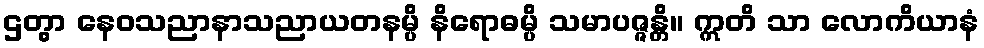
ဌတွာ နေဝသညာနာသညာယတနမ္ပိ နိရောဓမ္ပိ သမာပဇ္ဇန္တိ။ ဣတိ သာ လောကိယာနံ